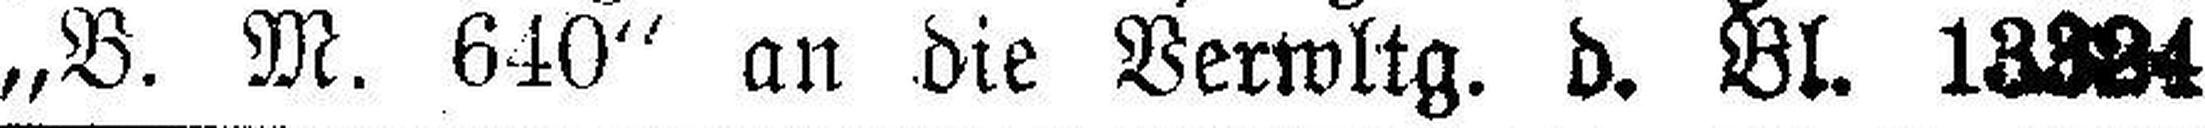
„B. M. 640“ an die Verwltg. d. Bl. 13324